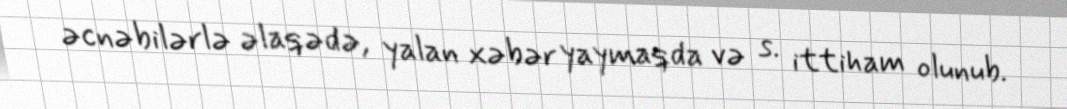
əcnəbilərlə əlaqədə, yalan xəbər yaymaqda və s. ittiham olunub.